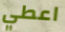
اعطي